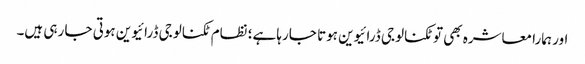
اور ہمارا معاشرہ بھی تو ٹکنالوجی ڈرائیوین ہوتا جارہا ہے؛ نظام ٹکنالوجی ڈرائیوین ہوتی جا رہی ہیں۔